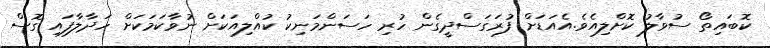
ކޮބައިތޯ ސުވާލު ކޮށްލިއެވެ.އެއަޑަށް ފުރަގަސްދީގެން ހުރި ހަސަންމަނިކު ކުއްލިއަކަށް ނުވާކަމަކަށް ހަދާލާފައި ގޮސް